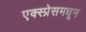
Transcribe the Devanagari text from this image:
एक्स्प्रेसमधून